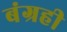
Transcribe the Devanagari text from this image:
बंग्रही